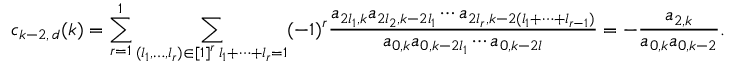
c _ { k - 2 , \, d } ( k ) = \sum _ { r = 1 } ^ { 1 } \sum _ { \substack { ( l _ { 1 } , \ldots , l _ { r } ) \in [ 1 ] ^ { r } \, l _ { 1 } + \cdots + l _ { r } = 1 } } ( - 1 ) ^ { r } \frac { a _ { 2 l _ { 1 } , k } a _ { 2 l _ { 2 } , k - 2 l _ { 1 } } \cdots a _ { 2 l _ { r } , k - 2 ( l _ { 1 } + \cdots + l _ { r - 1 } ) } } { a _ { 0 , k } a _ { 0 , k - 2 l _ { 1 } } \cdots a _ { 0 , k - 2 l } } = - \frac { a _ { 2 , k } } { a _ { 0 , k } a _ { 0 , k - 2 } } .